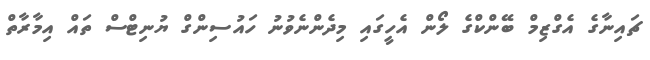
ޗައިނާގެ އެގްޒިމް ބޭންކްގެ ލޯން އެހީގައި މިދެންނެވުނު ހައުސިންގް ޔުނިޓްސް ތައް އިމާރާތް